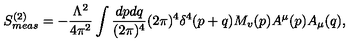
S _ { m e a s } ^ { ( 2 ) } = - \frac { \Lambda ^ { 2 } } { 4 \pi ^ { 2 } } \int \frac { d p d q } { ( 2 \pi ) ^ { 4 } } ( 2 \pi ) ^ { 4 } \delta ^ { 4 } ( p + q ) M _ { v } ( p ) A ^ { \mu } ( p ) A _ { \mu } ( q ) ,